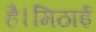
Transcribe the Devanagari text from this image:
है।मिठाई